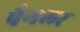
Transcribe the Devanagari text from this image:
पैगलर